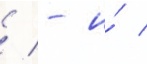
/ - и́ /